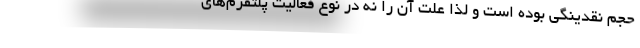
حجم نقدینگی بوده است و لذا علت آن را نه در نوع فعالیت پلتفرم‌های